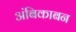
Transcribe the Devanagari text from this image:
अंबिकाबन